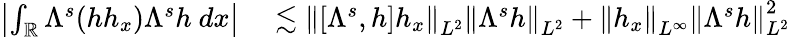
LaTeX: \begin{array}{rl}{\left|\int_{\mathbb R}\Lambda^{s}(hh_{x})\Lambda^{s}h\ dx\right|}&{{}\lesssim\left\| [\Lambda^{s},h]h_{x}\right\| _{L^{2}}\left\| \Lambda^{s}h\right\| _{L^{2}}+\left\| h_{x}\right\| _{L^{\infty}}\left\| \Lambda^{s}h\right\| _{L^{2}}^{2}}\end{array}